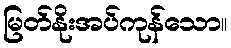
မြတ်နိုးအပ်ကုန်သော။